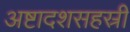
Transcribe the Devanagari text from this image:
अष्टादशसहस्री